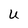
Character: U